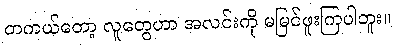
တကယ်တော့ လူတွေဟာ အလင်းကို မမြင်ဖူးကြပါဘူး။